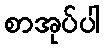
စာအုပ်ပါ